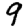
Digit: 9